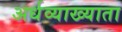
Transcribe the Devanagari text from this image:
अर्धव्याख्याता